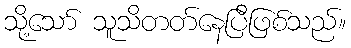
သို့သော် သူသိတတ်နေပြီဖြစ်သည်။